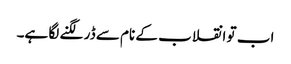
اب تو انقلاب کے نام سے ڈر لگنے لگا ہے۔